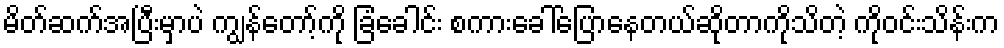
မိတ်ဆက်အပြီးမှာပဲ ကျွန်တော့်ကို ခြံခေါင်း စကားခေါ်ပြောနေတယ်ဆိုတာကိုသိတဲ့ ကိုဝင်းသိန်းက